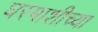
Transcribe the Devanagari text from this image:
घरमाशीच्या